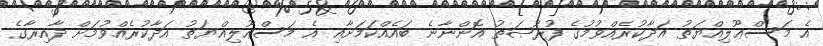
އެ މަސްޢޫލިއްޔަތު އަދާކުރެއްވުމުގެ ފުރުޞަތު އޮންނާނެ ބައެއްކަމަށާއި އެ މަސްޢޫލިއްޔަތު އަދާކުރެއްވުމަށް ދާއިރާގެ